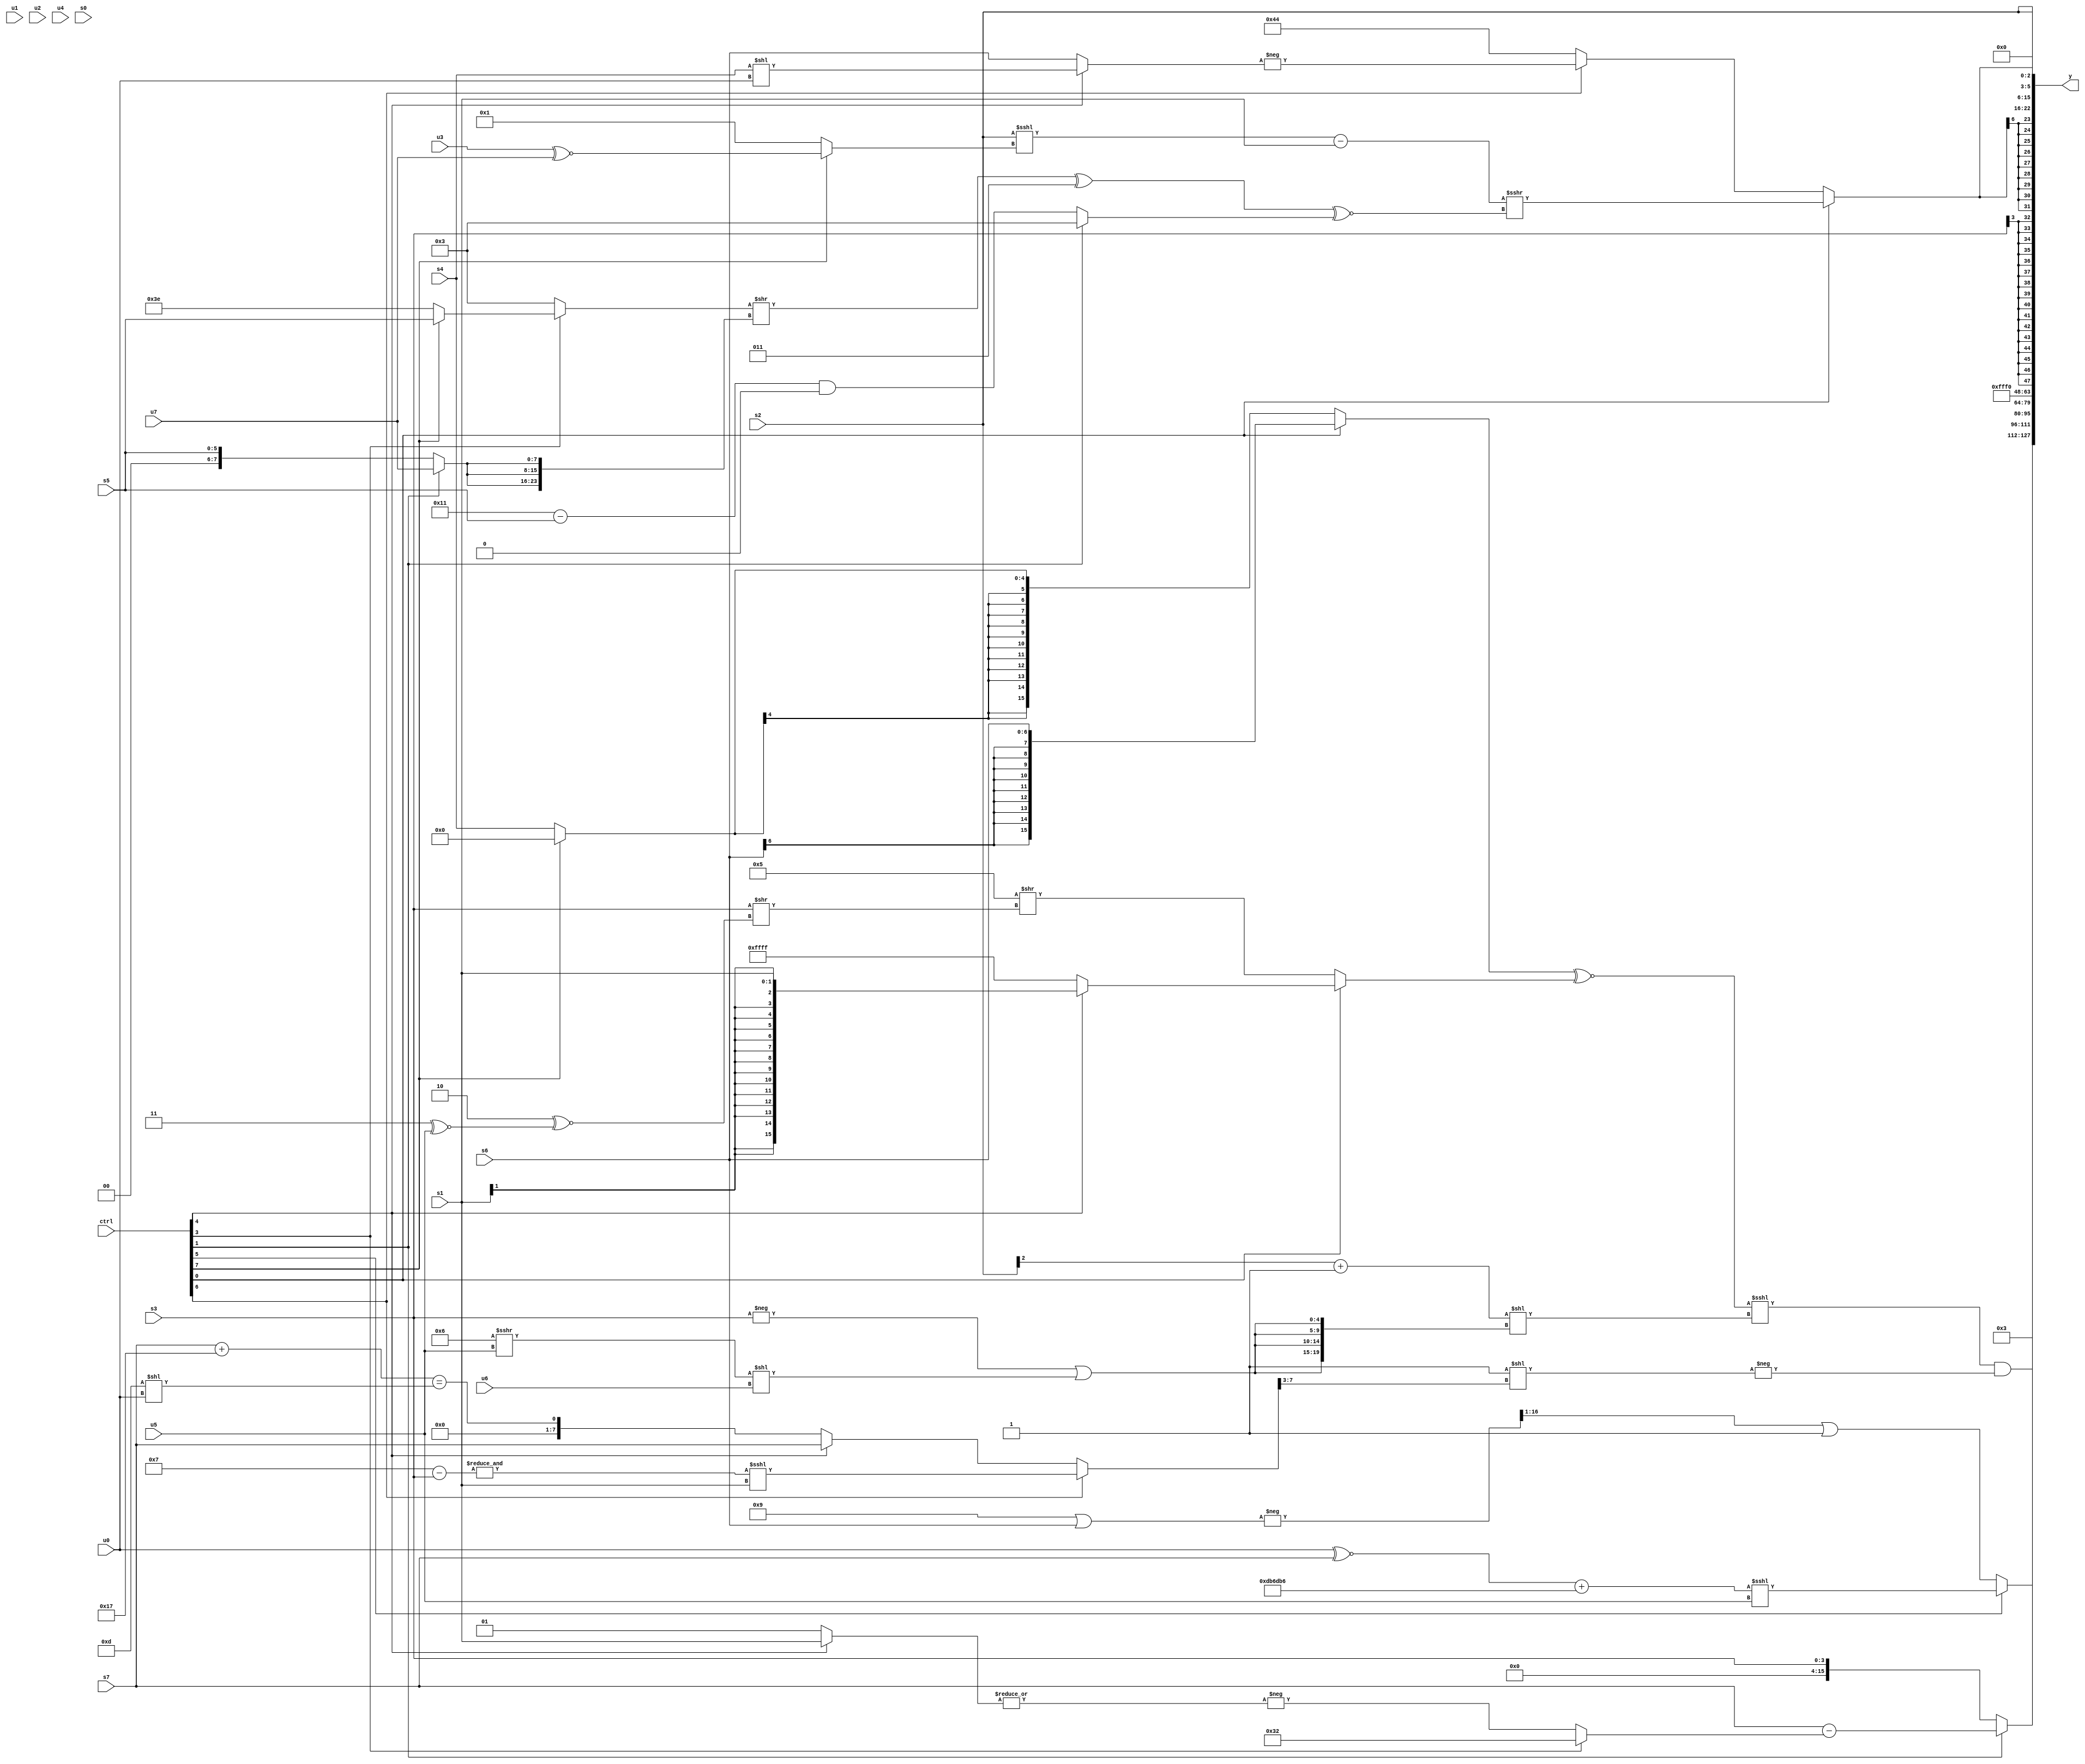
module wideexpr_00385(ctrl, u0, u1, u2, u3, u4, u5, u6, u7, s0, s1, s2, s3, s4, s5, s6, s7, y);
  input [7:0] ctrl;
  input [0:0] u0;
  input [1:0] u1;
  input [2:0] u2;
  input [3:0] u3;
  input [4:0] u4;
  input [5:0] u5;
  input [6:0] u6;
  input [7:0] u7;
  input signed [0:0] s0;
  input signed [1:0] s1;
  input signed [2:0] s2;
  input signed [3:0] s3;
  input signed [4:0] s4;
  input signed [5:0] s5;
  input signed [6:0] s6;
  input signed [7:0] s7;
  output [127:0] y;
  wire [15:0] y0;
  wire [15:0] y1;
  wire [15:0] y2;
  wire [15:0] y3;
  wire [15:0] y4;
  wire [15:0] y5;
  wire [15:0] y6;
  wire [15:0] y7;
  assign y = {y0,y1,y2,y3,y4,y5,y6,y7};
  assign y0 = (ctrl[1]?(s7)-((ctrl[3]?6'sb110010:-(|((ctrl[4]?s1:2'b01))))):(s3)<<<((+(-(4'b0011)))>>>(6'b100111)));
  assign y1 = (ctrl[5]?($signed(((u0)^~(s7))+({4{6'sb110110}})))<<<(u5):((-((4'sb1001)|(s6)))>>($signed(5'sb00001)))|(1'sb1));
  assign y2 = 3'sb011;
  assign y3 = ((((ctrl[0]?s6:(ctrl[7]?2'sb00:s4)))^~((ctrl[0]?(ctrl[4]?$signed($signed($unsigned(s1))):1'sb1):(4'sb0101)>>((s3)>>((2'b10)^~((3'b011)^~(u5)))))))<<<((((s2)>>>(6'sb100001))+(1'sb1))<<({4{(-($signed(s3)))|((((5'sb00110)>>>(u5))>>>(~^(4'b0001)))<<($signed(u6)))}})))&(-((5'sb11111)<<(((ctrl[6]?(&((4'sb0111)-(s3)))<<<(+(s1)):(ctrl[4]?s7:((s7)+(6'sb110111))==((5'sb01101)<<(u0)))))>>>(2'b11))));
  assign y4 = 5'sb10000;
  assign y5 = $signed((s3)>>>(4'sb1111));
  assign y6 = $signed((ctrl[0]?(((s2)<<<((ctrl[7]?$signed((u3)^~(u7)):3'b001)))-(s1))>>>(((((ctrl[3]?(ctrl[7]?s5:2'sb10):$signed(5'sb00011)))>>({3{(ctrl[1]?u7:s5)}}))^((4'sb0011)&(1'sb1)))^~((ctrl[1]?3'sb011:(((6'sb010001)-(s5))<<($unsigned(2'sb00)))&(1'sb0)))):$signed(((ctrl[6]?-((ctrl[4]?(s4)<<(u0):$signed(s6))):-(((6'b111110)|(4'b0001))-(2'sb11))))<<<(1'b0))));
  assign y7 = {2{$signed(s2)}};
endmodule